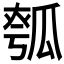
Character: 𤬄